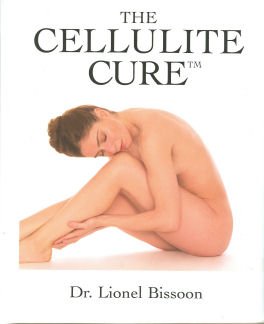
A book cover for The Cellulite Cure (TM); Lionel Bissoon; Health, Fitness & Dieting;